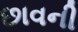
છાવની